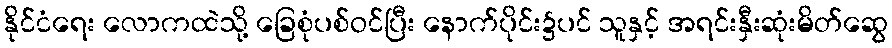
နိုင်ငံရေး လောကထဲသို့ ခြေစုံပစ်ဝင်ပြီး နောက်ပိုင်း၌ပင် သူနှင့် အရင်းနှီးဆုံးမိတ်ဆွေ